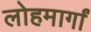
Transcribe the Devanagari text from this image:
लोहमार्गां